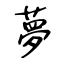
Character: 夢